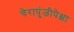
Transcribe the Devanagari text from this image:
चेरापुंजीपेक्षा